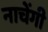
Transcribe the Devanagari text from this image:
नाचेंगी